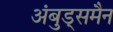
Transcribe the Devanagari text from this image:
अंबुड्समैन